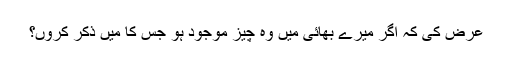
عرض کی کہ اگر میرے بھائی میں وہ چیز موجود ہو جس کا میں ذکر کروں؟